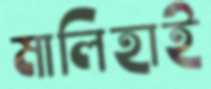
মালিহাই